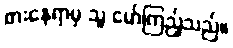
စားနေရာမှ သူ မော်ကြည့်သည်။